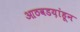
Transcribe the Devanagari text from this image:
आठवडय़ांहून